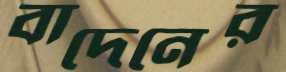
বাদেনের